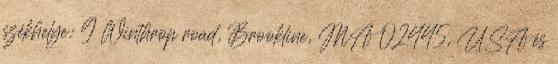
székhelye: 9 Winthrop road, Brookline, MA 02445, USA és